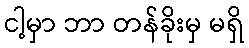
ငါ့မှာ ဘာ တန်ခိုးမှ မရှိ